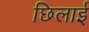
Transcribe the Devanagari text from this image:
छिलाई